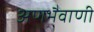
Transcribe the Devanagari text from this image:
अणभैवाणी